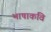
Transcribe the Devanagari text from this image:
भाषाकवि